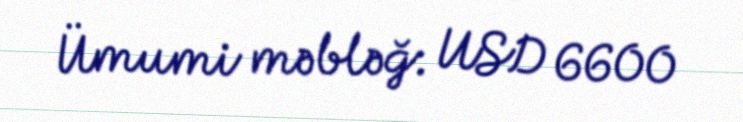
Ümumi məbləğ: USD 6600